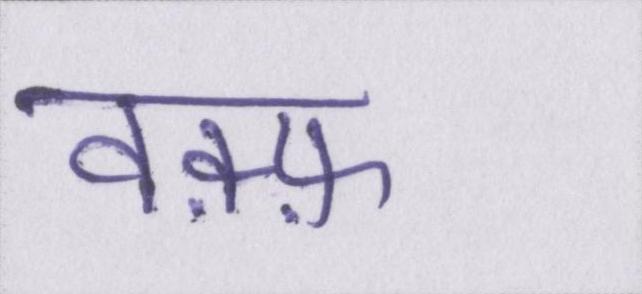
वक़्फ़